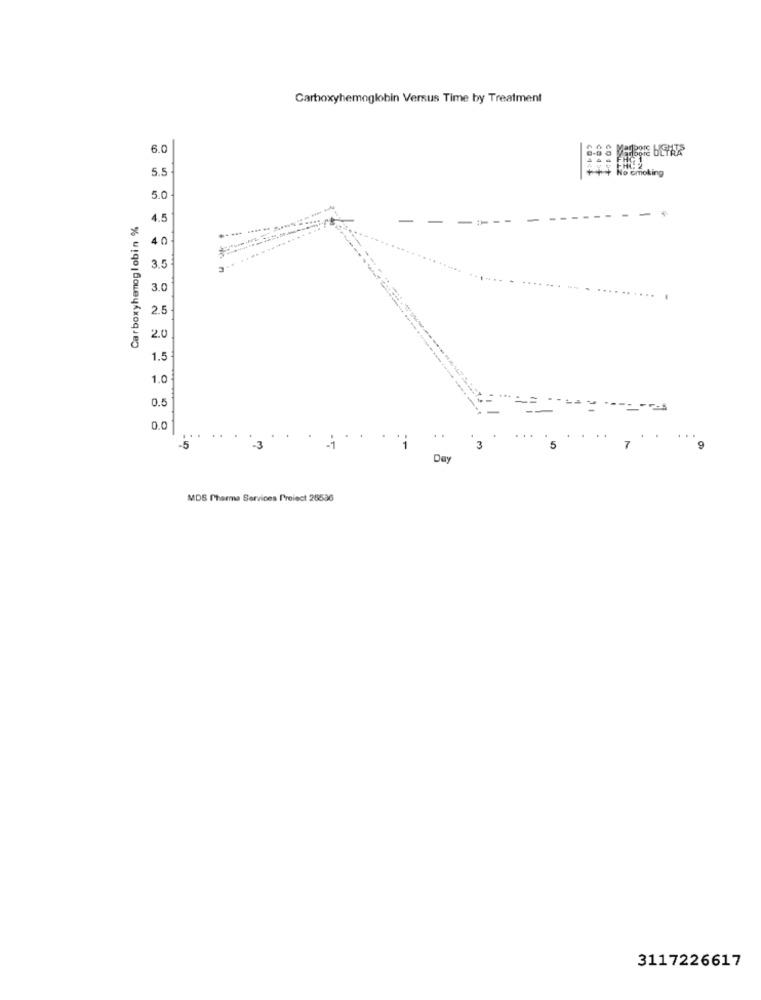
Carboxyhemoglobin Versus Time by Treatment
6.0
5.
No smoking
5.0
Carboxyhemoglobin %
4.5
-
40
*
3.5
3.0
2.5
2.0
1.5
1.0
0.5
-- 3
0.0
. .
-5
-3
Day
MDS Pharma Services Proiect 26536
3117226617